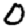
Digit: 0